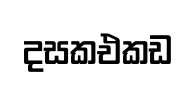
දසකඑකඩ